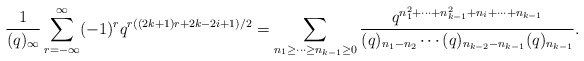
\begin{align*}\frac{1}{(q)_{\infty}}\sum_{r=-\infty}^{\infty} (-1)^r q^{r((2k+1)r+2k-2i+1)/2}=\displaystyle\sum_{n_1 \geq \cdots \geq n_{k-1} \geq 0}\frac{q^{n_1^2 +\cdots + n_{k-1}^2 +n_i +\cdots +n_{k-1}}} {(q)_{n_1 -n_2 } \cdots (q)_{n_{k-2}-n_{k-1}} (q)_{n_{k-1}}}.\end{align*}